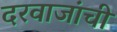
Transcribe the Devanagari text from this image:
दरवाजांची